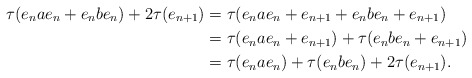
\begin{align*}\tau(e_n a e_n + e_n b e_n)+2\tau(e_{n+1}) &=\tau(e_n a e_n + e_{n+1} + e_nbe_n + e_{n+1})\\&=\tau(e_nae_n+e_{n+1})+\tau(e_nbe_n+e_{n+1})\\&=\tau(e_n a e_n)+\tau(e_n b e_n)+2\tau(e_{n+1}).\end{align*}